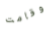
وقامت